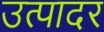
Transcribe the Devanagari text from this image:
उत्पादर